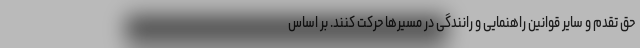
حق تقدم و سایر قوانین راهنمایی و رانندگی در مسیرها حرکت کنند. بر اساس